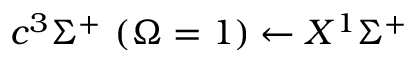
c ^ { 3 } \Sigma ^ { + } \ ( \Omega = 1 ) \leftarrow X ^ { 1 } \Sigma ^ { + }